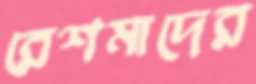
রেশমাদের